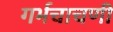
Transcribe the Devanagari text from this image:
गर्भचाचणी